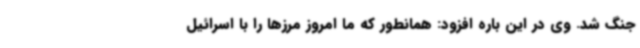
جنگ شد. وی در این باره افزود: همانطور که ما امروز مرزها را با اسرائیل